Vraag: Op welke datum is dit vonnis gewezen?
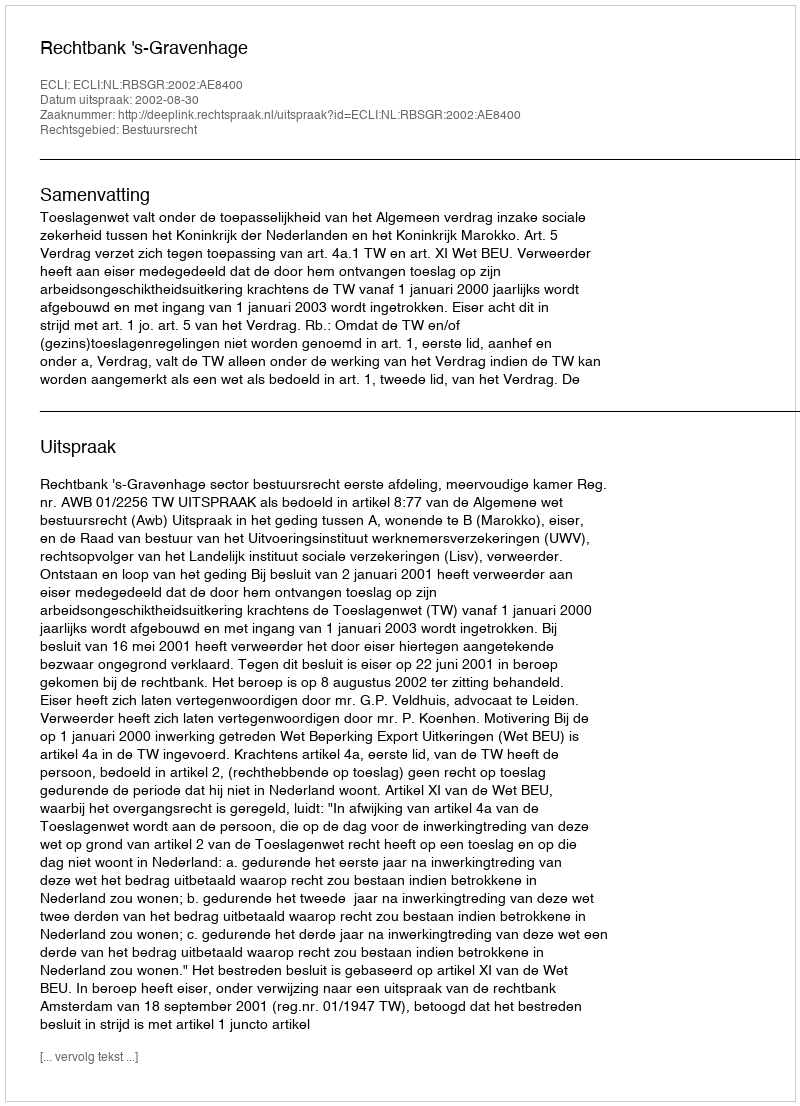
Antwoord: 2002-08-30